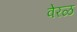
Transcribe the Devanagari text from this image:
वेरळ